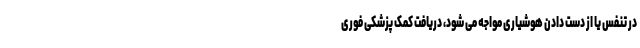
در تنفس یا از دست دادن هوشیاری مواجه می شود، دریافت کمک پزشکی فوری